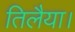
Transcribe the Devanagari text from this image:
तिलैया।